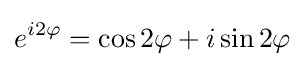
e^{i2\varphi }=\cos 2\varphi +i\sin 2\varphi